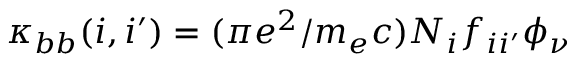
\kappa _ { b b } ( i , i ^ { \prime } ) = ( \pi e ^ { 2 } / m _ { e } c ) N _ { i } f _ { i i ^ { \prime } } \phi _ { \nu }